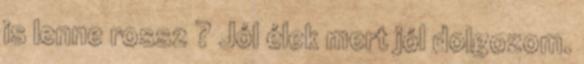
is lenne rossz ? Jól élek mert jól dolgozom.